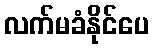
လက်မခံနိုင်ပေ